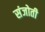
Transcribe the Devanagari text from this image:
संजोती